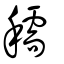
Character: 穤